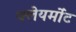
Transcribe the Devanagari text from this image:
क्लेयर्मोंट